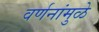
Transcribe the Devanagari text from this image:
वर्णनांमुळे